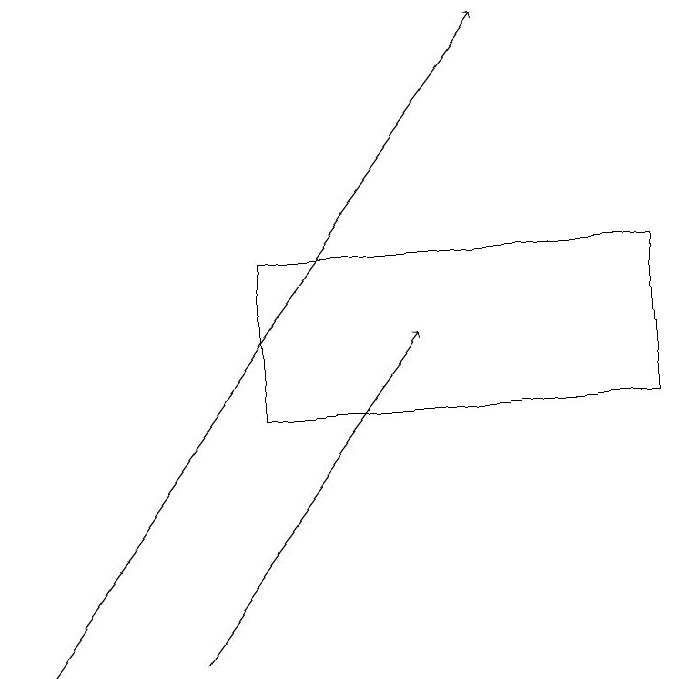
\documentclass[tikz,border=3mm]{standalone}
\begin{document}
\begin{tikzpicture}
\draw (4,15) rectangle (9,13);
\draw[->] (1,10) -- (7,18);
\draw[->] (3,10) -- (6,14);
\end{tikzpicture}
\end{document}